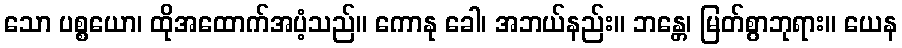
သော ပစ္စယော၊ ထိုအထောက်အပံ့သည်။ ကောနု ခေါ၊ အဘယ်နည်း။ ဘန္တေ၊ မြတ်စွာဘုရား။ ယေန